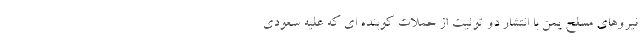
نیروهای مسلح یمن با انتشار دو توئیت از حملات کوبنده ای که علیه سعودی